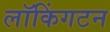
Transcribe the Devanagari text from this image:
लॉकिंगटन